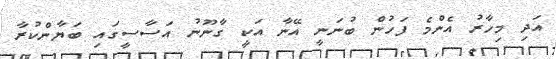
އަދި މިހާރު އެންމެ ފަހުން ބުނަނީ އޭނާ އަކީ ގާނޫނު އަސާސީގައި ބަޔާންކުރާ